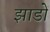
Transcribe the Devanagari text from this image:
झाडों